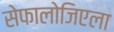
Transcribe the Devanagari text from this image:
सेफालोजिएला